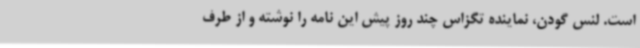
است. لنس گودن، نماینده تگزاس چند روز پیش این نامه را نوشته و از طرف